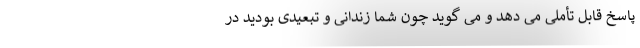
پاسخ قابل تأملی می دهد و می گوید چون شما زندانی و تبعیدی بودید در